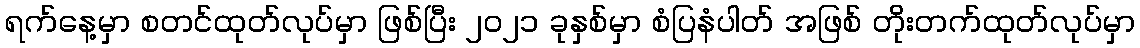
ရက်နေ့မှာ စတင်ထုတ်လုပ်မှာ ဖြစ်ပြီး ၂၀၂၁ ခုနှစ်မှာ စံပြနံပါတ် အဖြစ် တိုးတက်ထုတ်လုပ်မှာ